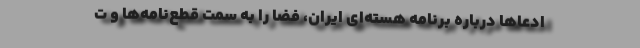
ادعاها درباره برنامه هسته‌ای ایران، فضا را به سمت قطع‌نامه‌ها و ت